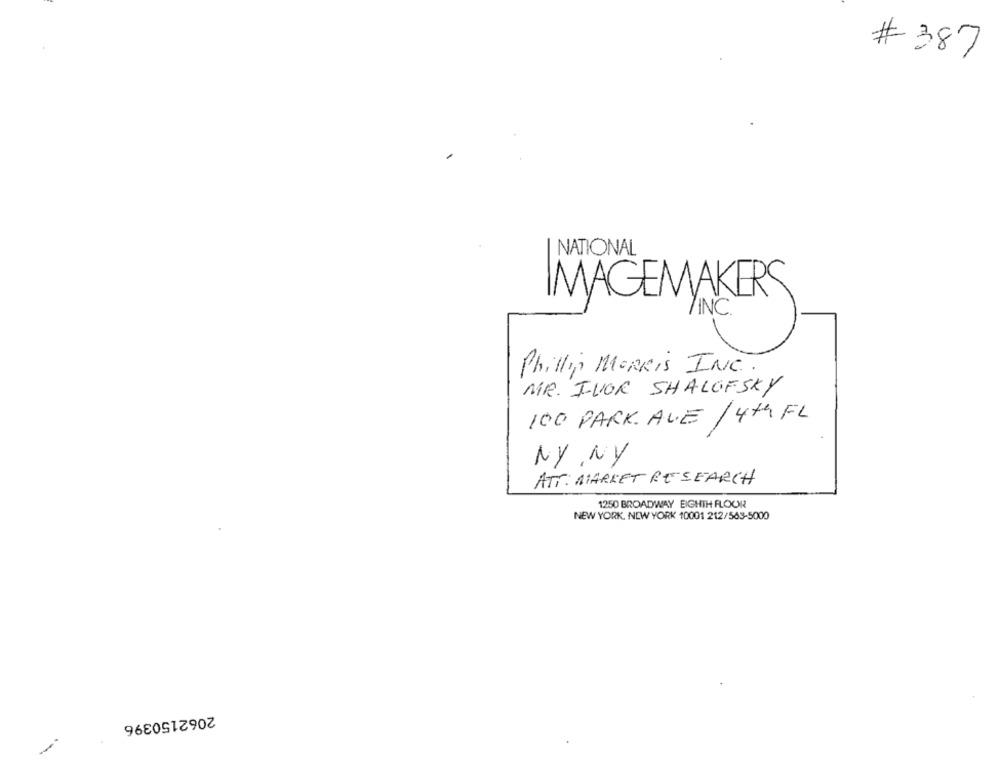
# 387
NATIONAL
IMAGEMAKERS
/INC
Phillip MORRIS INC.
MR. IVOR SHALOFSKY
100 PARK. AVE /4th FL
NY , NY
ATT: MARKET RESEARCH
1250 BROADWAY EIGHTH FLOOR
NEW YORK, NEW YORK 10001 212/563-5000
2062150396